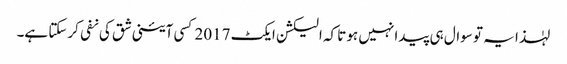
لہٰذا یہ تو سوال ہی پیدا نہیں ہوتا کہ الیکشن ایکٹ 2017 کسی آئینی شق کی نفی کرسکتا ہے۔